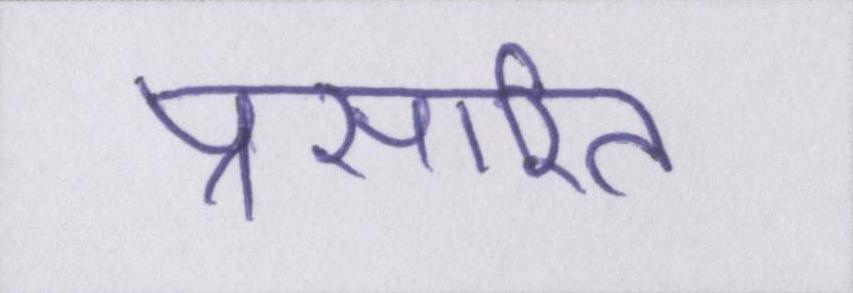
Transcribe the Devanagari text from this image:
प्रसारित